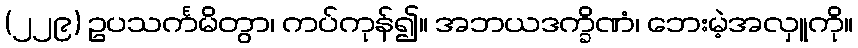
(၂၂၉) ဥပသင်္ကမိတွာ၊ ကပ်ကုန်၍။ အဘယဒက္ခိဏံ၊ ဘေးမဲ့အလှူကို။